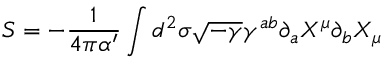
S = - \frac { 1 } { 4 \pi \alpha ^ { \prime } } \int d ^ { 2 } \sigma \sqrt { - \gamma } \gamma ^ { a b } \partial _ { a } X ^ { \mu } \partial _ { b } X _ { \mu }